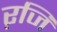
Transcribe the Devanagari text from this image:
ऱजि